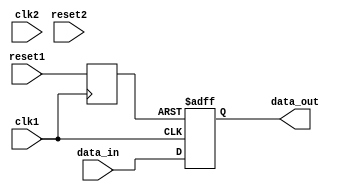
module synchronizer_with_reset(
    input wire clk1,       // Clock signal for domain 1
    input wire clk2,       // Clock signal for domain 2
    input wire reset1,     // Reset signal for domain 1
    input wire reset2,     // Reset signal for domain 2
    input wire data_in,    // Input data signal to be synchronized
    output reg data_out    // Synchronized output data signal
);

// Synchronize reset signals
reg sync_reset1, sync_reset2;
always @(posedge clk1) begin
    sync_reset1 <= reset1;
end
always @(posedge clk2) begin
    sync_reset2 <= reset2;
end

// Reset synchronization circuit
always @(posedge clk1 or posedge sync_reset1) begin
    if (sync_reset1) begin
        // Synchronize reset to domain 2
        sync_reset2 <= 1'b1;
    end
end

// Synchronize input data signal
always @(posedge clk1 or posedge sync_reset1) begin
    if (sync_reset1) begin
        data_out <= 1'b0;  // Initialize output on reset
    end else begin
        // Synchronize data input to domain 2
        data_out <= data_in;
    end
end

endmodule